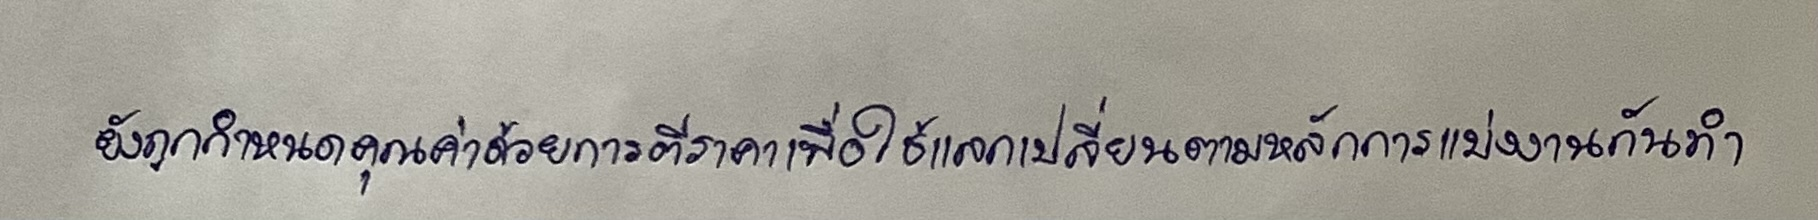
ยังถูกกำหนดคุณค่าด้วยการตีราคาเพื่อใช้แลกเปลี่ยนตามหลักการแบ่งงานกันทำ